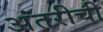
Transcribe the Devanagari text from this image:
अंतरीची